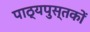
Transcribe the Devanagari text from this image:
पाठ्यपुस्‍तकों